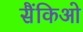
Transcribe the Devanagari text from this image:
सैंकिओ